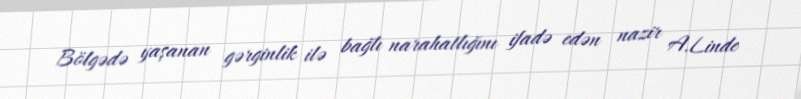
Bölgədə yaşanan gərginlik ilə bağlı narahatlığını ifadə edən nazir A.Linde